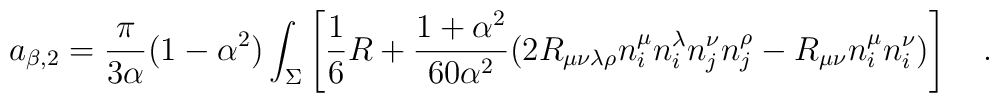
a_{\beta,2}={\pi \over 3\alpha}(1-\alpha^2) \int_{\Sigma}\left[\frac 16 R + {1+\alpha^2 \over 60 \alpha^2}(2R_{\mu\nu\lambda\rho}n^{\mu}_in^{\lambda}_in^{\nu}_jn^{\rho}_j-R_{\mu\nu}n^{\mu}_i n^{\nu}_i) \right]~~~.